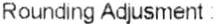
ROUNDING ADJUSMENT :